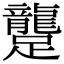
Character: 𨇘